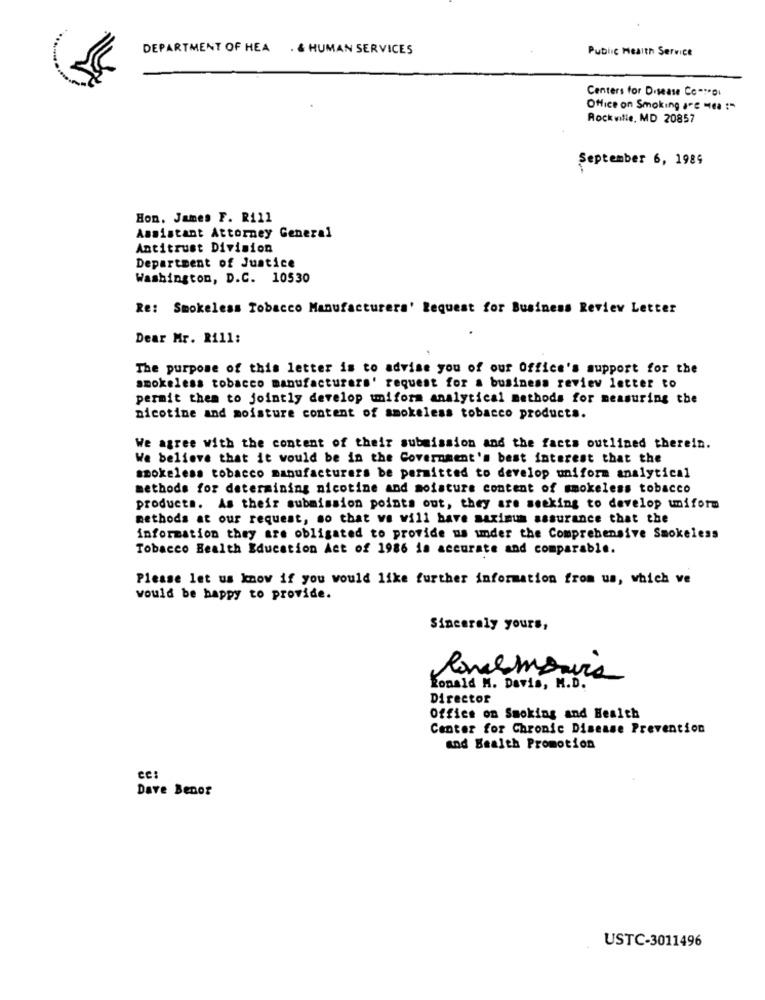
DEPARTMENT OF HEA . & HUMAN SERVICES
Public Health Service
Centers for Disease Co *** Di
Office on Smoking are -es :"
Rockville, MD 20857
September 6, 1989
Hon. James F. Rill
Assistant Attorney General
Antitrust Division
Department of Justice
Washington, D.C. 10530
Re: Smokeless Tobacco Manufacturers' Request for Business Review Letter
Dear Mr. Rill:
The purpose of this letter is to advise you of our Office's support for the
smokeless tobacco manufacturers' request for a business review letter to
permit them to jointly develop uniform analytical methods for measuring the
nicotine and moisture content of smokeless tobacco products.
We agree with the content of their submission and the facts outlined therein.
We believe that it would be in the Government's best interest that the
smokeless tobacco manufacturers be permitted to develop uniform analytical
methods for determining nicotine and moisture content of smokeless tobacco
products. As their submission points out, they are seeking to develop uniform
methods at our request, so that we will have maximum assurance that the
information they are obligated to provide us under the Comprehensive Smokeless
Tobacco Health Education Act of 1986 is accurate and comparable.
Please let us know if you would like further information from us, which ve
would be happy to provide.
Sincerely yours,
Comemonica
Ronald M. Davis, M.D.
Director
Office on Smoking and Health
Center for Chronic Disease Prevention
and Health Promotion
ces
Dave Benor
USTC-3011496